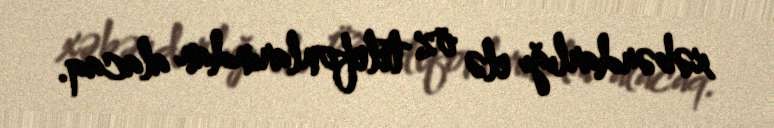
xəbərdarlığı elə öz telefonlarından alacaq.